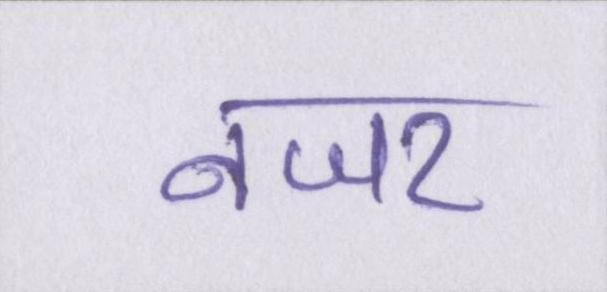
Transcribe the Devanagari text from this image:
नजर